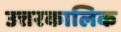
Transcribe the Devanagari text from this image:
उत्तरकालिक